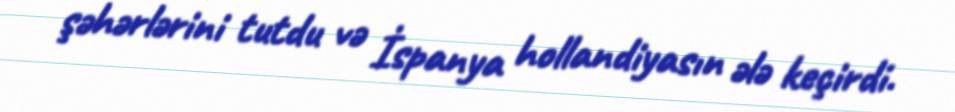
şəhərlərini tutdu və İspanya hollandiyasın ələ keçirdi.